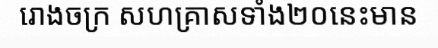
រោងចក្រ សហគ្រាសទាំង២០នេះមាន